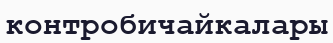
контробичайкалары